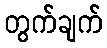
တွက်ချက်